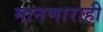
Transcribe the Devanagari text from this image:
मानणाराही